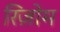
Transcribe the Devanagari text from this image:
रिज़ोम